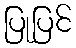
ပြုပြင်